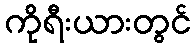
ကိုရီးယားတွင်